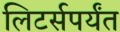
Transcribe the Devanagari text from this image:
लिटर्सपर्यंत